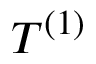
T ^ { ( 1 ) }